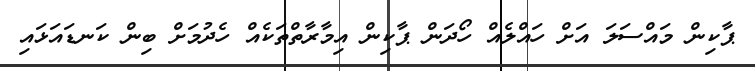
ޕާކިން މައްސަލަ އަށް ހައްލެއް ހޯދަން ޕާކިން އިމާރާތްތަކެއް ހެދުމަށް ބިން ކަނޑައަޅައި